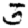
Digit: 5